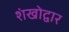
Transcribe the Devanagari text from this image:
शंखोद्वार